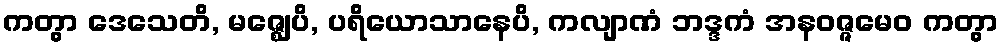
ကတွာ ဒေသေတိ, မဇ္ဈေပိ, ပရိယောသာနေပိ, ကလျာဏံ ဘဒ္ဒကံ အနဝဇ္ဇမေဝ ကတွာ